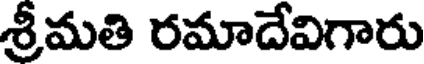
శ్రీమతి రమాదేవిగారు